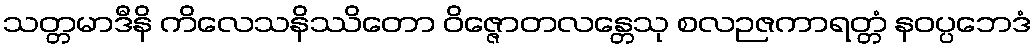
သတ္တမာဒီနိ ကိလေသနိဿိတော ဝိဇ္ဇောတလန္တေသု စလဉဇကာရတ္တံ နဝပ္ပဘေဒံ